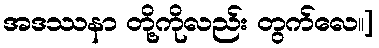
အဒဿနာ တို့ကိုလည်း တွက်လေ။]